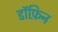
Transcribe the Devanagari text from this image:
डॉफ़िन